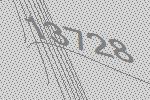
13728